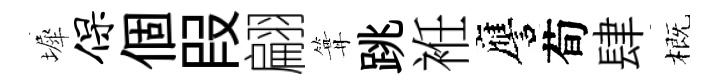
墀保個叚翩篝跳袵譍荀肆概